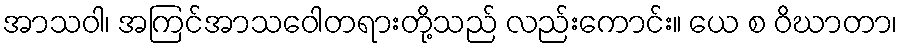
အာသဝါ၊ အကြင်အာသဝေါတရားတို့သည် လည်းကောင်း။ ယေ စ ဝိဃာတာ၊